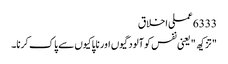
6333 عملی اخلاق
" تزکیھ " یعنی نفس کو آلودگیوں اور ناپاکیوں سے پاک کرنا۔